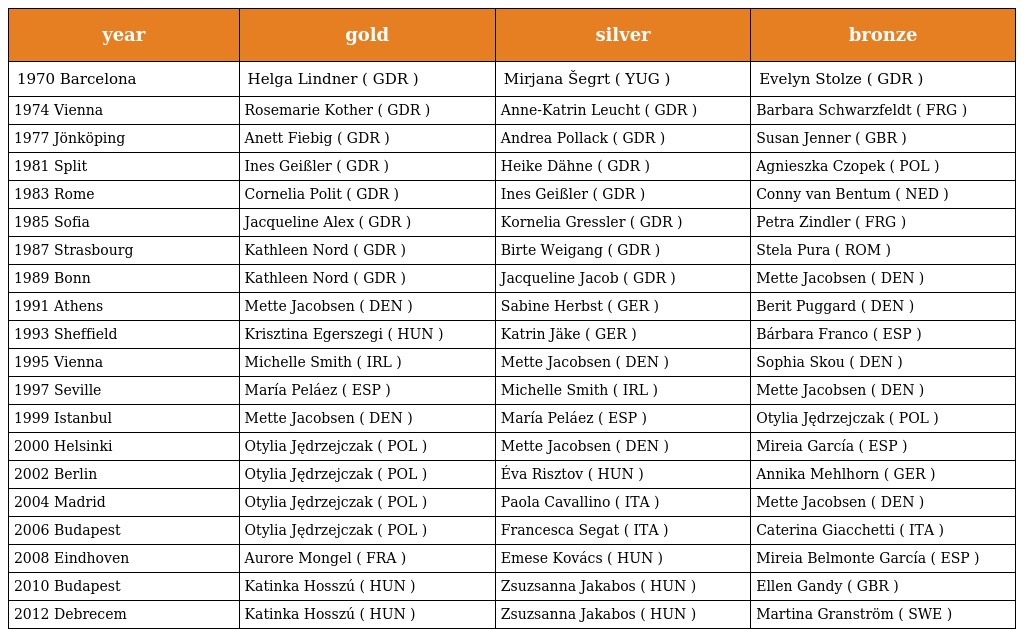
| year | gold | silver | bronze |
 | --- | --- | --- | --- |
 | 1970 Barcelona | Helga Lindner ( GDR ) | Mirjana Šegrt ( YUG ) | Evelyn Stolze ( GDR ) |
 | 1974 Vienna | Rosemarie Kother ( GDR ) | Anne-Katrin Leucht ( GDR ) | Barbara Schwarzfeldt ( FRG ) |
 | 1977 Jönköping | Anett Fiebig ( GDR ) | Andrea Pollack ( GDR ) | Susan Jenner ( GBR ) |
 | 1981 Split | Ines Geißler ( GDR ) | Heike Dähne ( GDR ) | Agnieszka Czopek ( POL ) |
 | 1983 Rome | Cornelia Polit ( GDR ) | Ines Geißler ( GDR ) | Conny van Bentum ( NED ) |
 | 1985 Sofia | Jacqueline Alex ( GDR ) | Kornelia Gressler ( GDR ) | Petra Zindler ( FRG ) |
 | 1987 Strasbourg | Kathleen Nord ( GDR ) | Birte Weigang ( GDR ) | Stela Pura ( ROM ) |
 | 1989 Bonn | Kathleen Nord ( GDR ) | Jacqueline Jacob ( GDR ) | Mette Jacobsen ( DEN ) |
 | 1991 Athens | Mette Jacobsen ( DEN ) | Sabine Herbst ( GER ) | Berit Puggard ( DEN ) |
 | 1993 Sheffield | Krisztina Egerszegi ( HUN ) | Katrin Jäke ( GER ) | Bárbara Franco ( ESP ) |
 | 1995 Vienna | Michelle Smith ( IRL ) | Mette Jacobsen ( DEN ) | Sophia Skou ( DEN ) |
 | 1997 Seville | María Peláez ( ESP ) | Michelle Smith ( IRL ) | Mette Jacobsen ( DEN ) |
 | 1999 Istanbul | Mette Jacobsen ( DEN ) | María Peláez ( ESP ) | Otylia Jędrzejczak ( POL ) |
 | 2000 Helsinki | Otylia Jędrzejczak ( POL ) | Mette Jacobsen ( DEN ) | Mireia García ( ESP ) |
 | 2002 Berlin | Otylia Jędrzejczak ( POL ) | Éva Risztov ( HUN ) | Annika Mehlhorn ( GER ) |
 | 2004 Madrid | Otylia Jędrzejczak ( POL ) | Paola Cavallino ( ITA ) | Mette Jacobsen ( DEN ) |
 | 2006 Budapest | Otylia Jędrzejczak ( POL ) | Francesca Segat ( ITA ) | Caterina Giacchetti ( ITA ) |
 | 2008 Eindhoven | Aurore Mongel ( FRA ) | Emese Kovács ( HUN ) | Mireia Belmonte García ( ESP ) |
 | 2010 Budapest | Katinka Hosszú ( HUN ) | Zsuzsanna Jakabos ( HUN ) | Ellen Gandy ( GBR ) |
 | 2012 Debrecem | Katinka Hosszú ( HUN ) | Zsuzsanna Jakabos ( HUN ) | Martina Granström ( SWE ) |